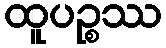
ထူပဉ္စဿ